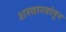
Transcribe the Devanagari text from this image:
शस्त्रास्त्रांतून